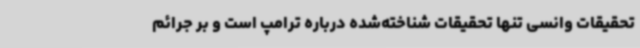
تحقیقات وانسی تنها تحقیقات شناخته‌شده درباره ترامپ است و بر جرائم